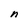
Character: n